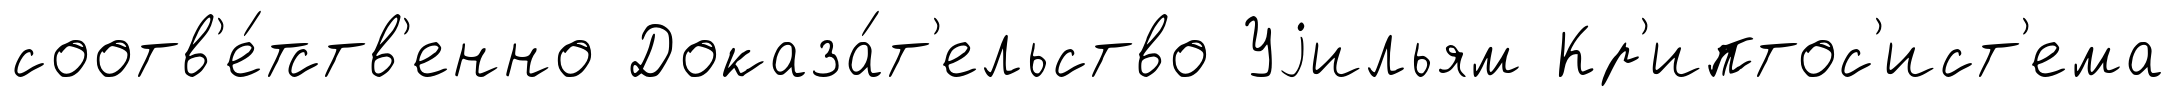
соотв'е́тств'енно Доказа́т'ельство Уjильям Кр'иптос'ист'ема